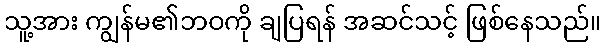
သူ့အား ကျွန်မ၏ဘဝကို ချပြရန် အဆင်သင့် ဖြစ်နေသည်။